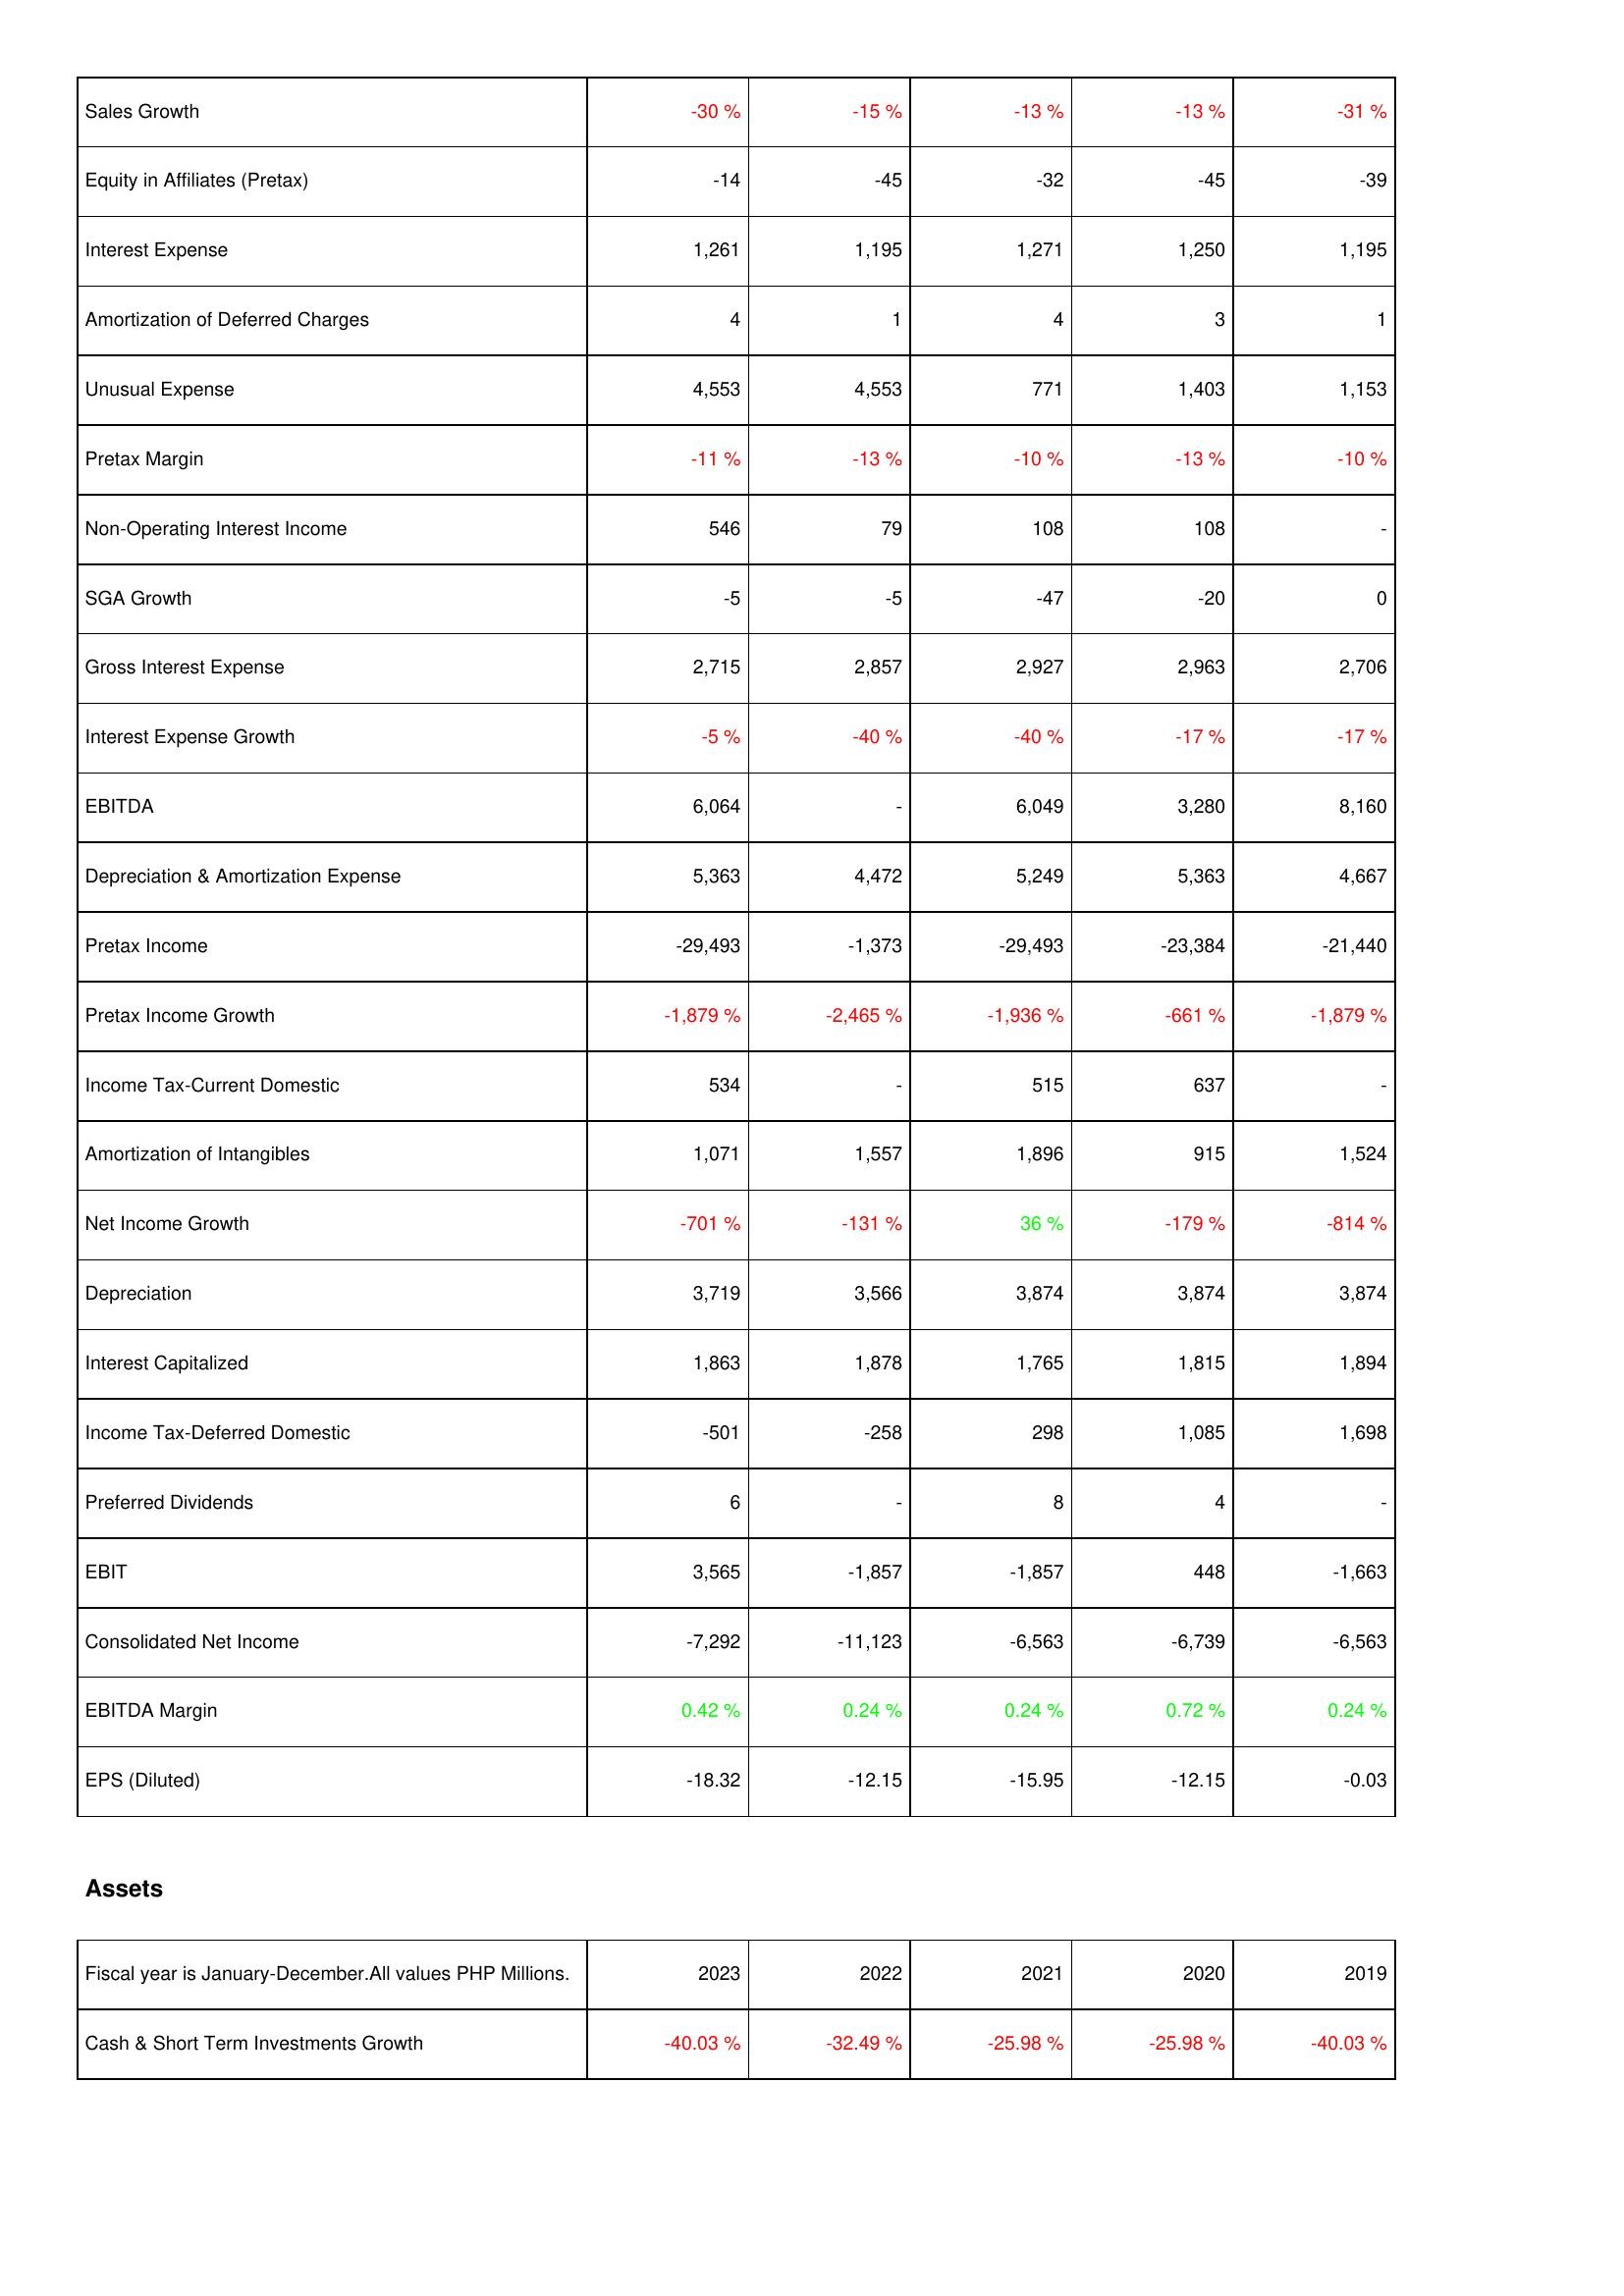
2023: Income Statement: Sales Growth: -30 %
Equity in Affiliates (Pretax): -14
Interest Expense: 1,261
Amortization of Deferred Charges: 4
Unusual Expense: 4,553
Pretax Margin: -11 %
Non-Operating Interest Income: 546
SGA Growth: -5
Gross Interest Expense: 2,715
Interest Expense Growth: -5 %
EBITDA: 6,064
Depreciation & Amortization Expense: 5,363
Pretax Income: -29,493
Pretax Income Growth: -1,879 %
Income Tax-Current Domestic: 534
Amortization of Intangibles: 1,071
Net Income Growth: -701 %
Depreciation: 3,719
Interest Capitalized: 1,863
Income Tax-Deferred Domestic: -501
Preferred Dividends: 6
EBIT: 3,565
Consolidated Net Income: -7,292
EBITDA Margin: 0.42 %
EPS (Diluted): -18.32
Assets: Cash & Short Term Investments Growth: -40.03 %
2022: Income Statement: Sales Growth: -15 %
Equity in Affiliates (Pretax): -45
Interest Expense: 1,195
Amortization of Deferred Charges: 1
Unusual Expense: 4,553
Pretax Margin: -13 %
Non-Operating Interest Income: 79
SGA Growth: -5
Gross Interest Expense: 2,857
Interest Expense Growth: -40 %
EBITDA: -
Depreciation & Amortization Expense: 4,472
Pretax Income: -1,373
Pretax Income Growth: -2,465 %
Income Tax-Current Domestic: -
Amortization of Intangibles: 1,557
Net Income Growth: -131 %
Depreciation: 3,566
Interest Capitalized: 1,878
Income Tax-Deferred Domestic: -258
Preferred Dividends: -
EBIT: -1,857
Consolidated Net Income: -11,123
EBITDA Margin: 0.24 %
EPS (Diluted): -12.15
Assets: Cash & Short Term Investments Growth: -32.49 %
2021: Income Statement: Sales Growth: -13 %
Equity in Affiliates (Pretax): -32
Interest Expense: 1,271
Amortization of Deferred Charges: 4
Unusual Expense: 771
Pretax Margin: -10 %
Non-Operating Interest Income: 108
SGA Growth: -47
Gross Interest Expense: 2,927
Interest Expense Growth: -40 %
EBITDA: 6,049
Depreciation & Amortization Expense: 5,249
Pretax Income: -29,493
Pretax Income Growth: -1,936 %
Income Tax-Current Domestic: 515
Amortization of Intangibles: 1,896
Net Income Growth: 36 %
Depreciation: 3,874
Interest Capitalized: 1,765
Income Tax-Deferred Domestic: 298
Preferred Dividends: 8
EBIT: -1,857
Consolidated Net Income: -6,563
EBITDA Margin: 0.24 %
EPS (Diluted): -15.95
Assets: Cash & Short Term Investments Growth: -25.98 %
2020: Income Statement: Sales Growth: -13 %
Equity in Affiliates (Pretax): -45
Interest Expense: 1,250
Amortization of Deferred Charges: 3
Unusual Expense: 1,403
Pretax Margin: -13 %
Non-Operating Interest Income: 108
SGA Growth: -20
Gross Interest Expense: 2,963
Interest Expense Growth: -17 %
EBITDA: 3,280
Depreciation & Amortization Expense: 5,363
Pretax Income: -23,384
Pretax Income Growth: -661 %
Income Tax-Current Domestic: 637
Amortization of Intangibles: 915
Net Income Growth: -179 %
Depreciation: 3,874
Interest Capitalized: 1,815
Income Tax-Deferred Domestic: 1,085
Preferred Dividends: 4
EBIT: 448
Consolidated Net Income: -6,739
EBITDA Margin: 0.72 %
EPS (Diluted): -12.15
Assets: Cash & Short Term Investments Growth: -25.98 %
2019: Income Statement: Sales Growth: -31 %
Equity in Affiliates (Pretax): -39
Interest Expense: 1,195
Amortization of Deferred Charges: 1
Unusual Expense: 1,153
Pretax Margin: -10 %
Non-Operating Interest Income: -
SGA Growth: 0
Gross Interest Expense: 2,706
Interest Expense Growth: -17 %
EBITDA: 8,160
Depreciation & Amortization Expense: 4,667
Pretax Income: -21,440
Pretax Income Growth: -1,879 %
Income Tax-Current Domestic: -
Amortization of Intangibles: 1,524
Net Income Growth: -814 %
Depreciation: 3,874
Interest Capitalized: 1,894
Income Tax-Deferred Domestic: 1,698
Preferred Dividends: -
EBIT: -1,663
Consolidated Net Income: -6,563
EBITDA Margin: 0.24 %
EPS (Diluted): -0.03
Assets: Cash & Short Term Investments Growth: -40.03 %